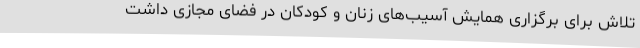
تلاش برای برگزاری همایش آسیب‌های زنان و کودکان در فضای مجازی داشت